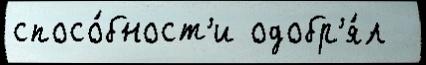
спосо́бност'и одобр'я́л